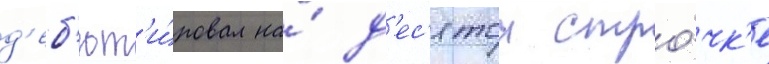
д'еб'ют'и́ровал на́ д'ес'ятои стро́чк'е